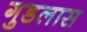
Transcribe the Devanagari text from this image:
गुडलास